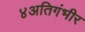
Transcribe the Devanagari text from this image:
४अतिगंभीर